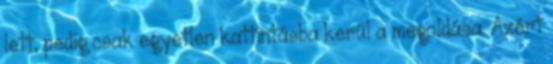
lett, pedig csak egyetlen kattintásba kerül a megoldása. Azért